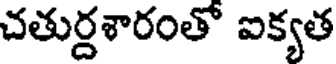
చతుర్దశారంతో ఐక్యత